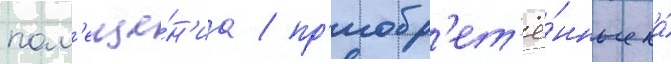
пом'еще́н'иа / пр'иобр'ет'ё́нные на́